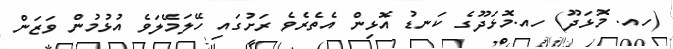
(ހއ. މޮޅަދޫ) ހއ.މޮޅަދޫގެ ކަނޑު އޮޅިން އެތެރެވެ ރަށުގައި ހޭލަމޭލަވެ އުޅުމުން ވަޒަން